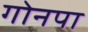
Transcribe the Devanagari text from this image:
गोनपा